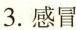
3.感冒